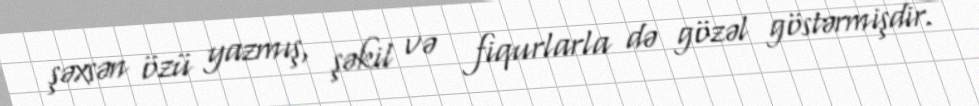
şəxsən özü yazmış, şəkil və fiqurlarla də gözəl göstərmişdir.